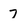
Character: 7